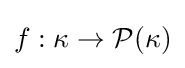
f:\kappa \to {\mathcal {P}}(\kappa )